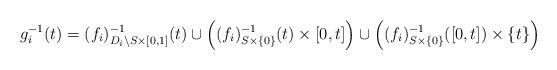
LaTeX: \begin{align*}g_i^{-1}(t) = (f_i)^{-1}_{D_i \setminus S \times [0,1]}(t) \cup \left( (f_i)^{-1}_{S \times \{0\}}(t) \times [0,t] \right) \cup \left( (f_i)^{-1}_{S \times \{0\}}([0,t]) \times \{ t \} \right)\end{align*}